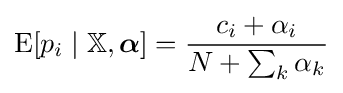
\operatorname {E} [p_{i}\mid \mathbb {X} ,{\boldsymbol {\alpha }}]={\frac {c_{i}+\alpha _{i}}{N+\sum _{k}\alpha _{k}}}